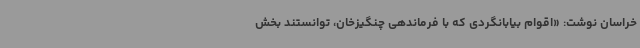
خراسان نوشت: «اقوام بیابانگردی که با فرماندهی چنگیزخان، توانستند بخش